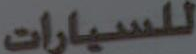
للسيارات